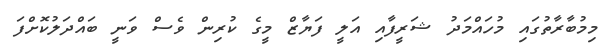
މިމުބާރާތުގައި މުހައްމަދު ޝަރީފާއި އަލީ ފަޔާޒް މީގެ ކުރިން ވެސް ވަނީ ބައްދަލުކޮށްފަ